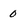
Character: 0